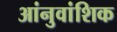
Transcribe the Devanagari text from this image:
आंनुवांशिक